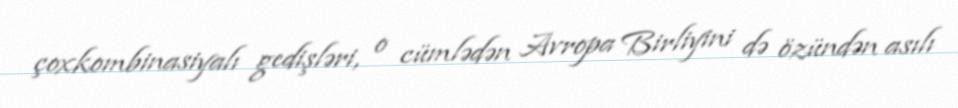
çoxkombinasiyalı gedişləri, o cümlədən Avropa Birliyini də özündən asılı